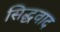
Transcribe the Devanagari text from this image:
सिद्धवाद